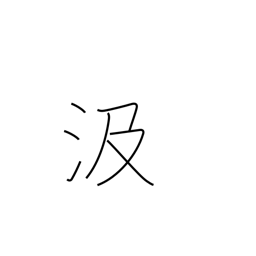
Meaning: pump